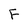
Character: F